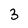
Character: 3